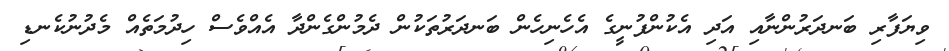
ވިޔަފާރި ބަނދަރުންނާއި އަދި އެކުންފުނީގެ އެހެނިހެން ބަނދަރުތަކުން ދެމުންގެންދާ އެއްވެސް ހިދުމަތެއް މެދުނުކެނޑި